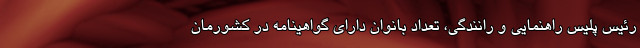
رئیس پلیس راهنمایی و رانندگی، تعداد بانوان دارای گواهینامه در کشورمان